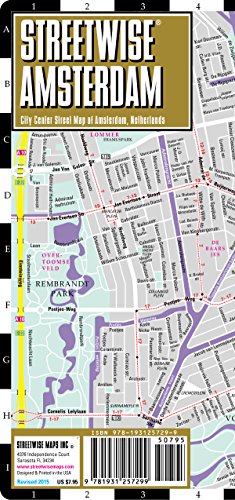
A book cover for Streetwise Amsterdam Map - Laminated City Center Street Map of Amsterdam, Netherlands; Streetwise Maps; Reference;